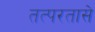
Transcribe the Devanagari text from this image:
तत्परतासे